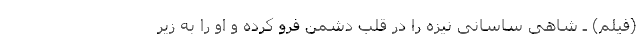
(فیلم) ـ شاهی ساسانی نیزه را در قلب دشمن فرو کرده و او را به زیر